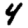
Digit: 4